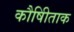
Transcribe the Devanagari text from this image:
कौषीिताक